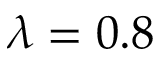
\lambda = 0 . 8